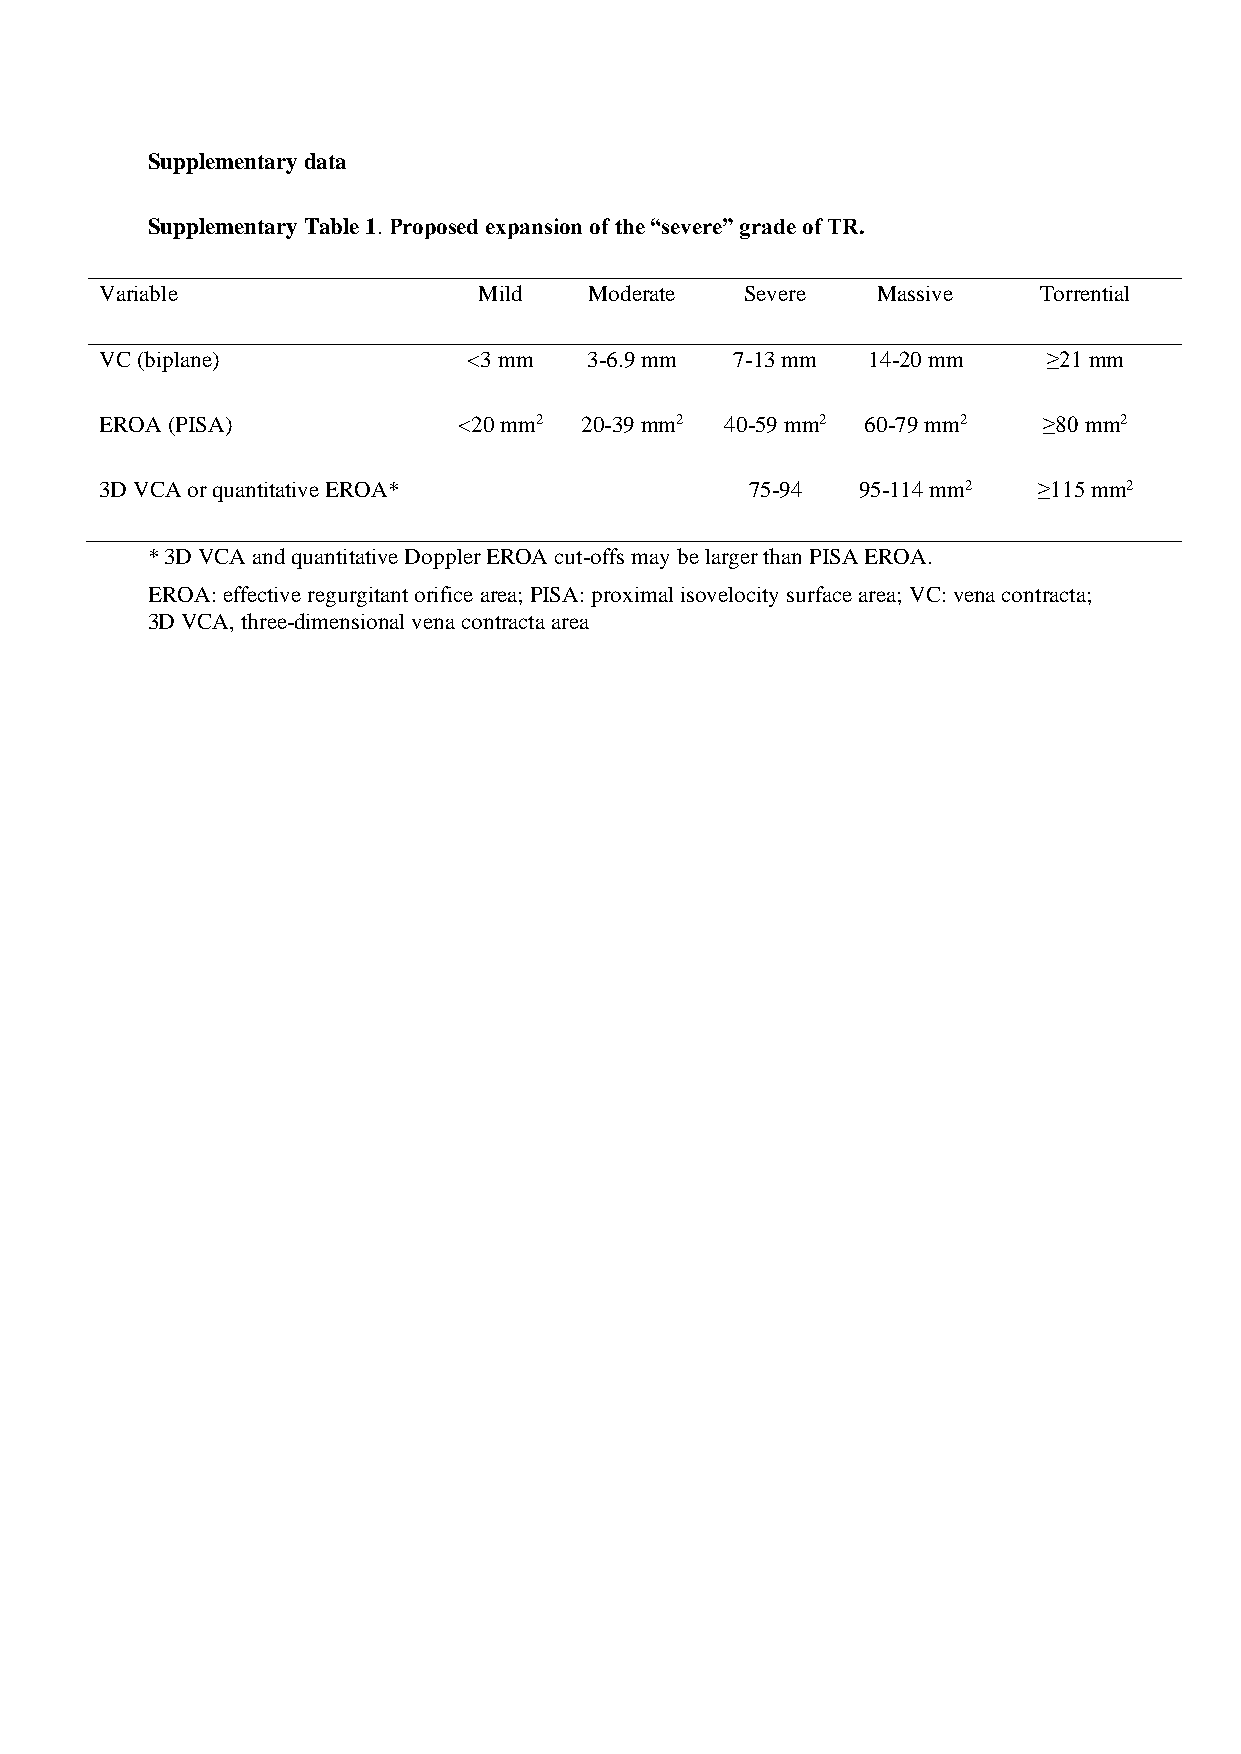
Supplementary data
 Supplementary Table 1. Proposed expansion of the “severe” grade of TR.
 Variable                 Mild   Moderate  Severe   Massive    Torrential
 VC (biplane)            <3 mm   3-6.9 mm  7-13 mm 14-20 mm    ≥21 mm
 EROA (PISA)            <20 mm2 20-39 mm2 40-59 mm2 60-79 mm2  ≥80 mm2
 3D VCA or quantitative EROA*               75-94  95-114 mm2  ≥115 mm2
 *3D VCA and quantitative Doppler EROA cut-offs may be larger than PISA EROA.
 EROA: effective regurgitant orifice area; PISA: proximal isovelocity surface area; VC: vena contracta;
 3D VCA, three-dimensional vena contracta area